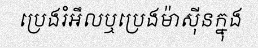
ប្រេងរំអឹលឬប្រេងម៉ាស៊ីនក្នុង